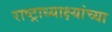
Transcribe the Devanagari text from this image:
राष्ट्राध्याक्ष्यांच्या